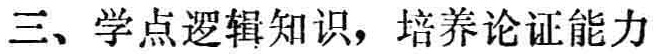
三、学点逻辑知识，培养论证能力